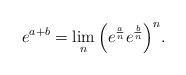
LaTeX: \begin{align*}e^{a+b}=\lim_n \Big(e^{\frac a n}e^{\frac b n}\Big)^n.\end{align*}